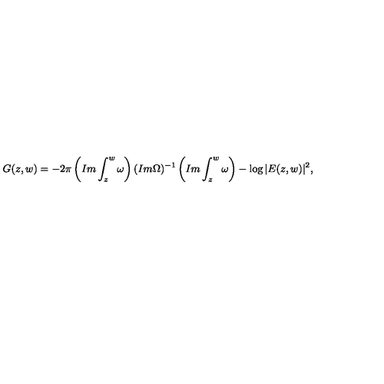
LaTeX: G ( z , w ) = - 2 \pi \left( I m \int _ { z } ^ { w } \omega \right) ( I m \Omega ) ^ { - 1 } \left( I m \int _ { z } ^ { w } \omega \right) - \log { | E ( z , w ) | ^ { 2 } } ,